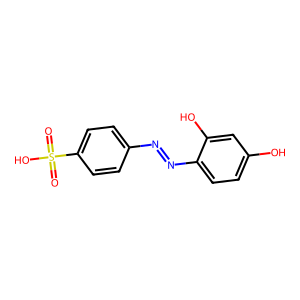
SMILES: O=S(=O)(O)c1ccc(N=Nc2ccc(O)cc2O)cc1
Inhibits HIV replication: No